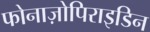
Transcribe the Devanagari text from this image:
फोनाज़ोपिराइडिन